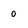
Character: 0